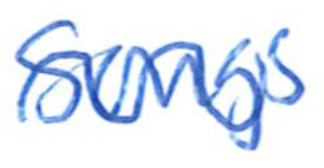
Text: Songs
Cross-out: wave
Writing tool: ballpoint